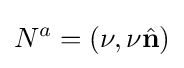
N^{a}=\left(\nu ,\nu {\hat {\mathbf {n} }}\right)